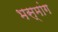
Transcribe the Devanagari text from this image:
भस्मांग